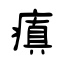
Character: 瘨